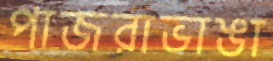
পাজরাভাঙা